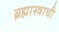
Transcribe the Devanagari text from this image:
ब्रह्मास्त्राची